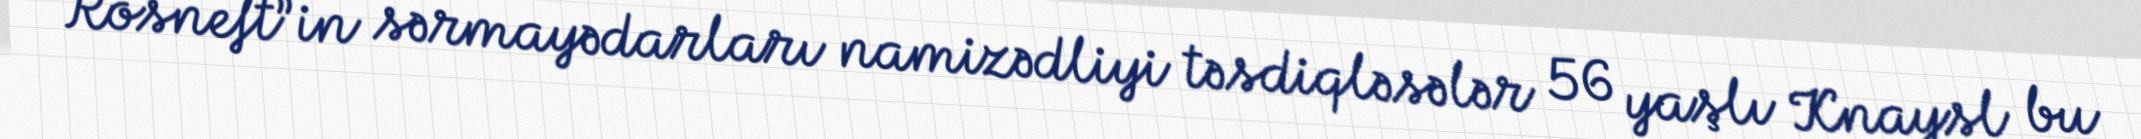
“Rosneft”in sərmayədarları namizədliyi təsdiqləsələr 56 yaşlı Knaysl bu